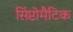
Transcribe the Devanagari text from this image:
सिंप्टोमैटिक